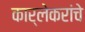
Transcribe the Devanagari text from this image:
कार्लेकरांचे